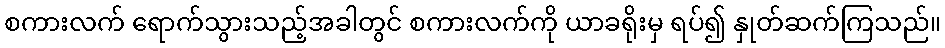
စကားလက် ရောက်သွားသည့်အခါတွင် စကားလက်ကို ယာခရိုးမှ ရပ်၍ နှုတ်ဆက်ကြသည်။